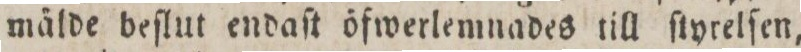
mälde beſlut endaſt öfwerlemnades till ſtyrelſen,